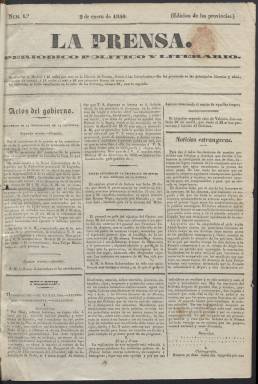
Título: La Prensa (Madrid. 1840)
Colección: Periódicos anteriores a 1850
Ámbito geográfico: Madrid
Lugar de publicación: Madrid
Fechas: 02/01/1840-30/05/1840